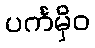
ပင်္ကမှိဝ